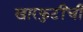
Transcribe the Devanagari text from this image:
खारफुटींची